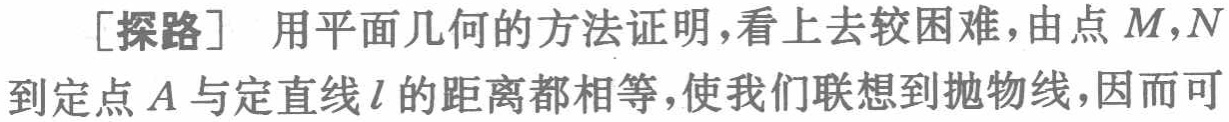
[探路] 用平面几何的方法证明，看上去较困难，由点 \(M,N\) 到定点 \(A\) 与定直线 \(l\) 的距离都相等，使我们联想到抛物线，因而可